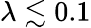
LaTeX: \lambda\lesssim 0.1